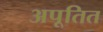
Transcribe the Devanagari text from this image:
अपूतित